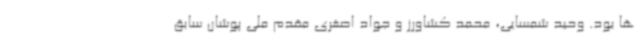
ها بود. وحید شمسایی، محمد کشاورز و جواد اصغری مقدم ملی پوشان سابق